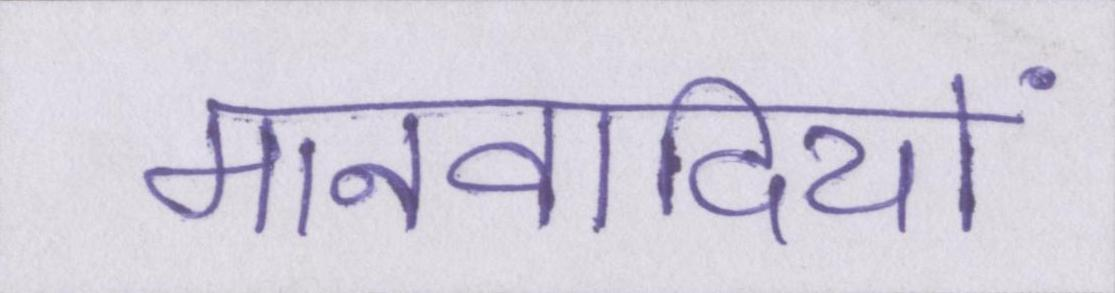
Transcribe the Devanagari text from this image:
मानवादियों